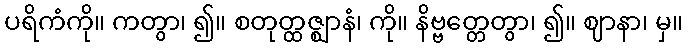
ပရိကံကို။ ကတွာ၊ ၍။ စတုတ္ထဇ္ဈာနံ၊ ကို။ နိဗ္ဗတ္တေတွာ၊ ၍။ ဈာနာ၊ မှ။